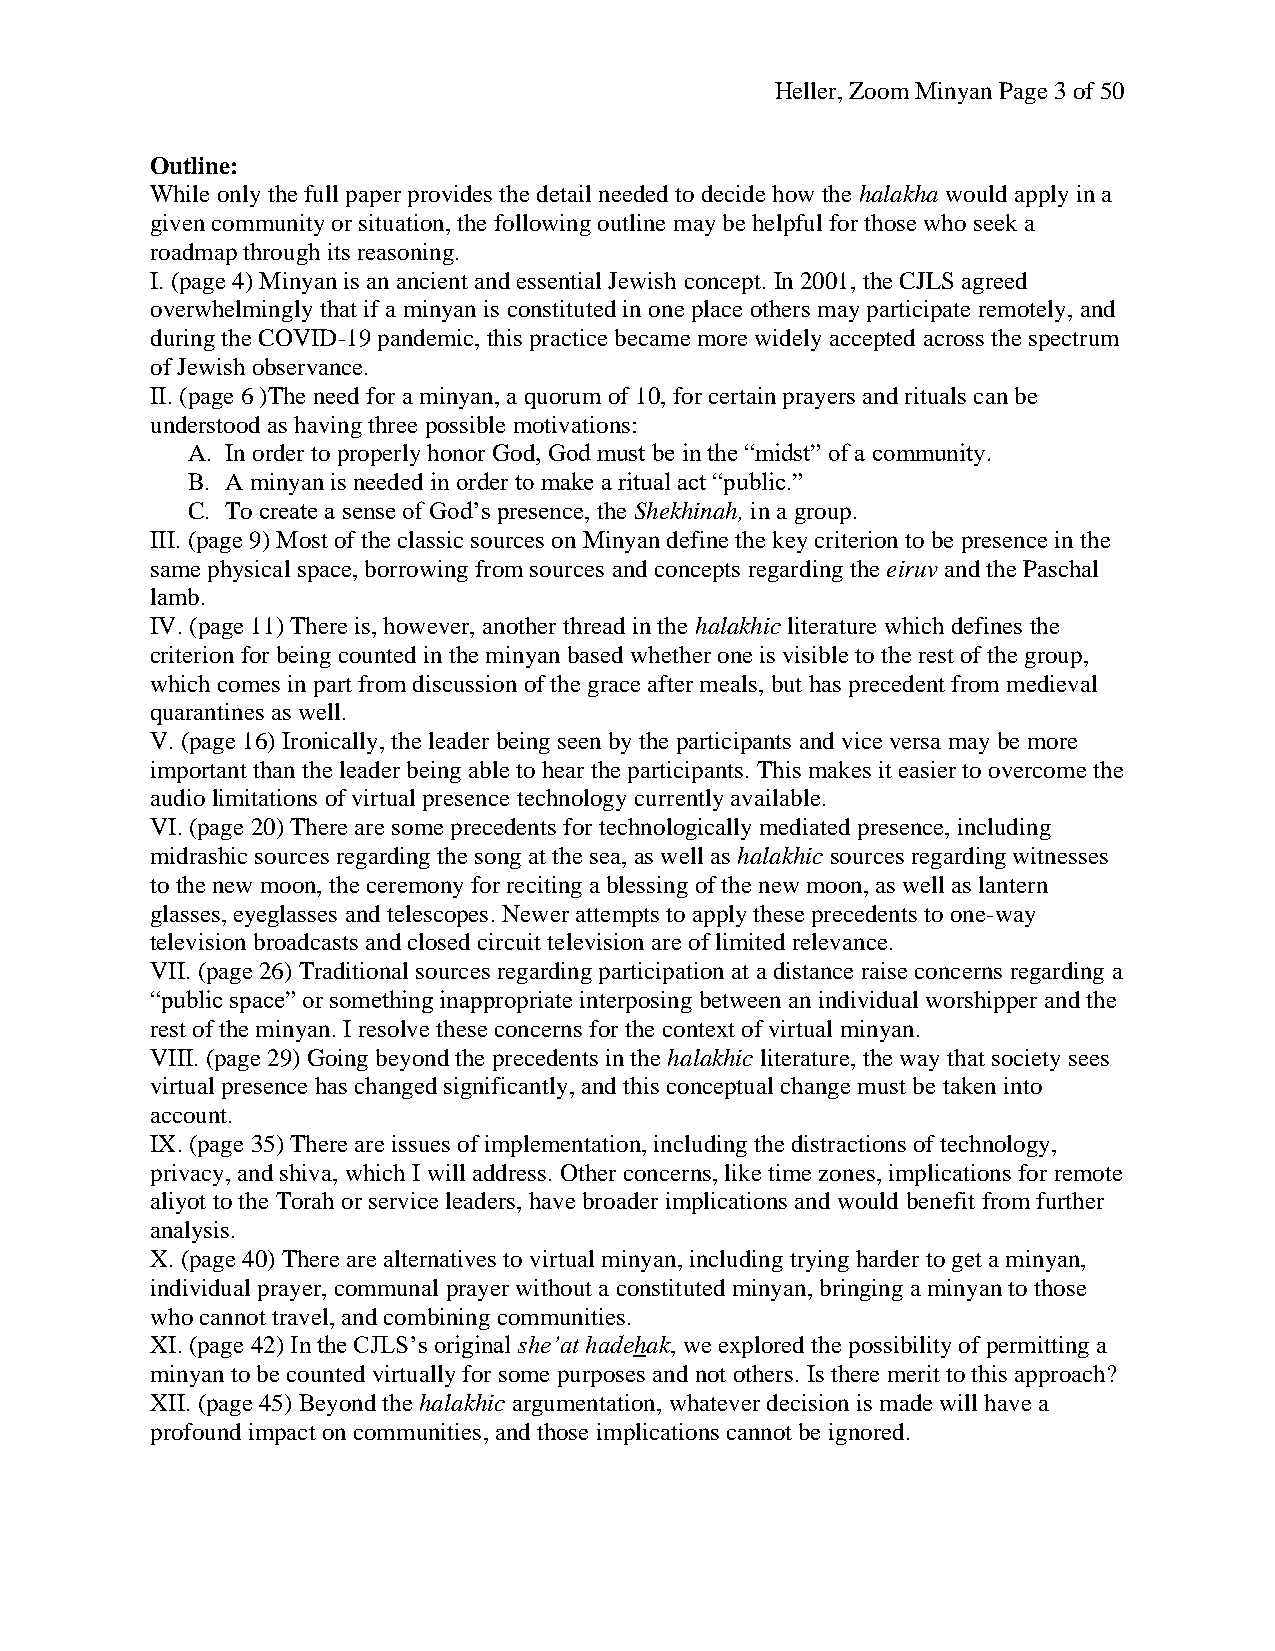
Heller, Zoom Minyan Page 3 of 50
 Outline:
 While only the full paper provides the detail needed to decide how the halakha would apply in a
 given community or situation, the following outline may be helpful for those who seek a
 roadmap through its reasoning.
 I. (page 4) Minyan is an ancient and essential Jewish concept. In 2001, the CJLS agreed
 overwhelmingly that if a minyan is constituted in one place others may participate remotely, and
 during the COVID-19 pandemic, this practice became more widely accepted across the spectrum
 of Jewish observance.
 II. (page 6 )The need for a minyan, a quorum of 10, for certain prayers and rituals can be
 understood as having three possible motivations:
 A. In order to properly honor God, God must be in the “midst” of a community.
 B. A minyan is needed in order to make a ritual act “public.”
 C. To create a sense of God’s presence, the Shekhinah, in a group.
 III. (page 9) Most of the classic sources on Minyan define the key criterion to be presence in the
 same physical space, borrowing from sources and concepts regarding the eiruv and the Paschal
 lamb.
 IV. (page 11) There is, however, another thread in the halakhic literature which defines the
 criterion for being counted in the minyan based whether one is visible to the rest of the group,
 which comes in part from discussion of the grace after meals, but has precedent from medieval
 quarantines as well.
 V. (page 16) Ironically, the leader being seen by the participants and vice versa may be more
 important than the leader being able to hear the participants. This makes it easier to overcome the
 audio limitations of virtual presence technology currently available.
 VI. (page 20) There are some precedents for technologically mediated presence, including
 midrashic sources regarding the song at the sea, as well as halakhic sources regarding witnesses
 to the new moon, the ceremony for reciting a blessing of the new moon, as well as lantern
 glasses, eyeglasses and telescopes. Newer attempts to apply these precedents to one-way
 television broadcasts and closed circuit television are of limited relevance.
 VII. (page 26) Traditional sources regarding participation at a distance raise concerns regarding a
 “public space” or something inappropriate interposing between an individual worshipper and the
 rest of the minyan. I resolve these concerns for the context of virtual minyan.
 VIII. (page 29) Going beyond the precedents in the halakhic literature, the way that society sees
 virtual presence has changed significantly, and this conceptual change must be taken into
 account.
 IX. (page 35) There are issues of implementation, including the distractions of technology,
 privacy, and shiva, which I will address. Other concerns, like time zones, implications for remote
 aliyot to the Torah or service leaders, have broader implications and would benefit from further
 analysis.
 X. (page 40) There are alternatives to virtual minyan, including trying harder to get a minyan,
 individual prayer, communal prayer without a constituted minyan, bringing a minyan to those
 who cannot travel, and combining communities.
 XI. (page 42) In the CJLS’s original she’at hadehak, we explored the possibility of permitting a
 minyan to be counted virtually for some purposes and not others. Is there merit to this approach?
 XII. (page 45) Beyond the halakhic argumentation, whatever decision is made will have a
 profound impact on communities, and those implications cannot be ignored.